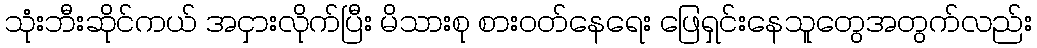
သုံးဘီးဆိုင်ကယ် အငှားလိုက်ပြီး မိသားစု စားဝတ်နေရေး ဖြေရှင်းနေသူတွေအတွက်လည်း